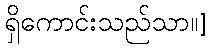
ရှိကောင်းသည်သာ၊၊]